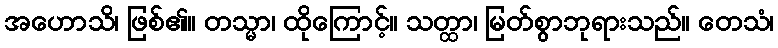
အဟောသိ၊ ဖြစ်၏။ တသ္မာ၊ ထိုကြောင့်။ သတ္ထာ၊ မြတ်စွာဘုရားသည်။ တေသံ၊